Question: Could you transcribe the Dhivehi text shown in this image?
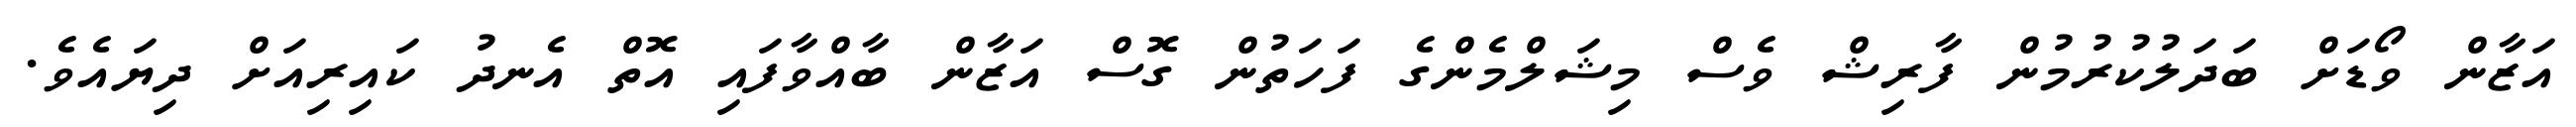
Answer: އަޒާން ވޯޑަށް ބަދަލުކުރުމުން ފާރިޝް ވެސް މިޝަލްމެންގެ ފަހަތުން ގޮސް އަޒާން ބާއްވާފައި އޮތް އެނދު ކައިރިއަށް ދިޔައެވެ.